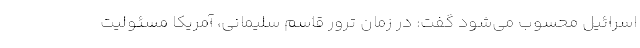
اسرائیل محسوب می‌شود گفت: در زمان ترور قاسم سلیمانی، آمریکا مسئولیت